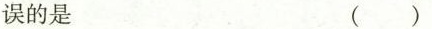
误的是 （ ）